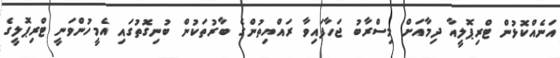
އަނެއްކޮޅުން ޓްރިޕޮލީއާ ދިމާއަށް މިސްރާބު ޖަހާފައިވާ ރައްޔިތުންގެ ބާރުތަކުން ބުނިގޮތުގައި އެމީހުންވަނީ ޓްރިޕޮލީގެ